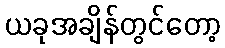
ယခုအချိန်တွင်တော့